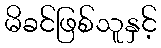
မိခင်ဖြစ်သူနှင့်